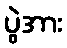
ပွဲအား